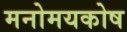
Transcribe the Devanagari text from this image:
मनोमयकोष